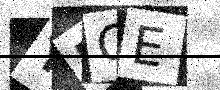
Text: YRCE